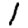
Digit: 1